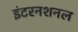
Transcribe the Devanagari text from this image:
इंटरनशनल